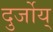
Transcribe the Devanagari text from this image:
दुर्जोय्